Civil Veterinary Department. Madras. Admin. report 1926-33 - 1926-1933
Year: 1926
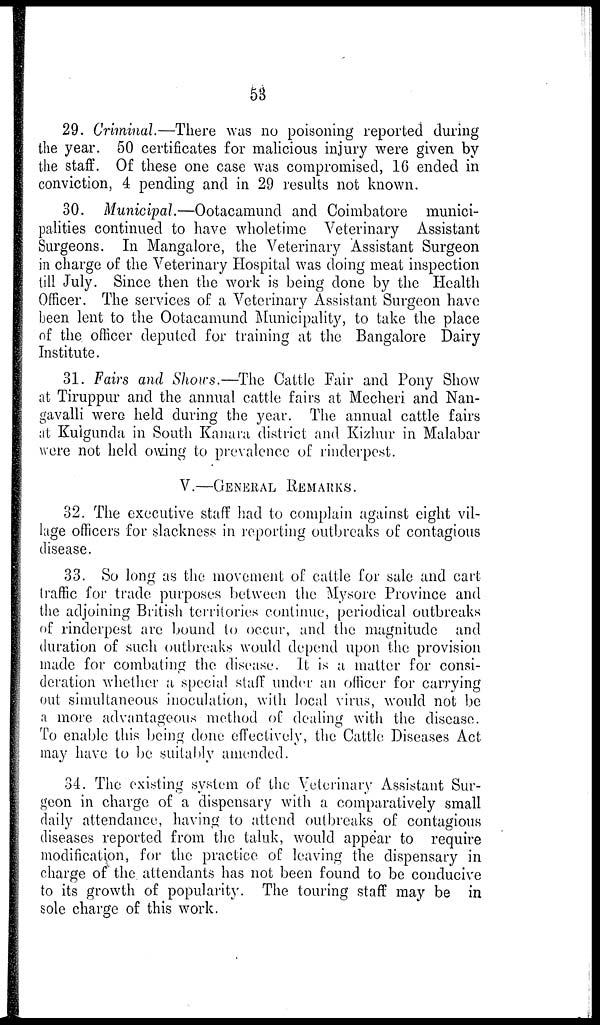
53
29. Criminal.—There was no poisoning reported during
the year. 50 certificates for malicious injury were given by
the staff. Of these one case was compromised, 16 ended in
conviction, 4 pending and in 29 results not known.
30. Municipal.—Ootacamund and Coimbatore munici-
palities continued to have wholetime Veterinary Assistant
Surgeons. In Mangalore, the Veterinary Assistant Surgeon
in charge of the Veterinary Hospital was doing meat inspection
till July. Since then the work is being done by the Health
Officer. The services of a Veterinary Assistant Surgeon have
been lent to the Ootacamund Municipality, to take the place
of the officer deputed for training at the Bangalore Dairy
Institute.
31. Fairs and Shows.—The Cattle Fair and Pony Show
at Tiruppur and the annual cattle fairs at Mecheri and Nan-
gavalli were held during the year. The annual cattle fairs
at Kulgunda in South Kanara district and Kizhur in Malabar
were not held owing to prevalence of rinderpest.
V.—GENERAL REMARKS.
32. The executive staff had to complain against eight vil-
lage officers for slackness in reporting outbreaks of contagious
disease.
33. So long as the movement of cattle for sale and cart
traffic for trade purposes between the Mysore Province and
the adjoining British territories continue, periodical outbreaks
of rinderpest are bound to occur, and the magnitude and
duration of such outbreaks would depend upon the provision
made for combating the disease. It is a matter for consi-
deration whether a special staff under an officer for carrying
out simultaneous inoculation, with local virus, would not be
a more advantageous method of dealing with the disease.
To enable this being done effectively, the Cattle Diseases Act
may have to be suitably amended.
34. The existing system of the Veterinary Assistant Sur-
geon in charge of a dispensary with a comparatively small
daily attendance, having to attend outbreaks of contagious
diseases reported from the taluk, would appear to require
modification, for the practice of leaving the dispensary in
charge of the. attendants has not been found to be conducive
to its growth of popularity. The touring staff may be in
sole charge of this work.